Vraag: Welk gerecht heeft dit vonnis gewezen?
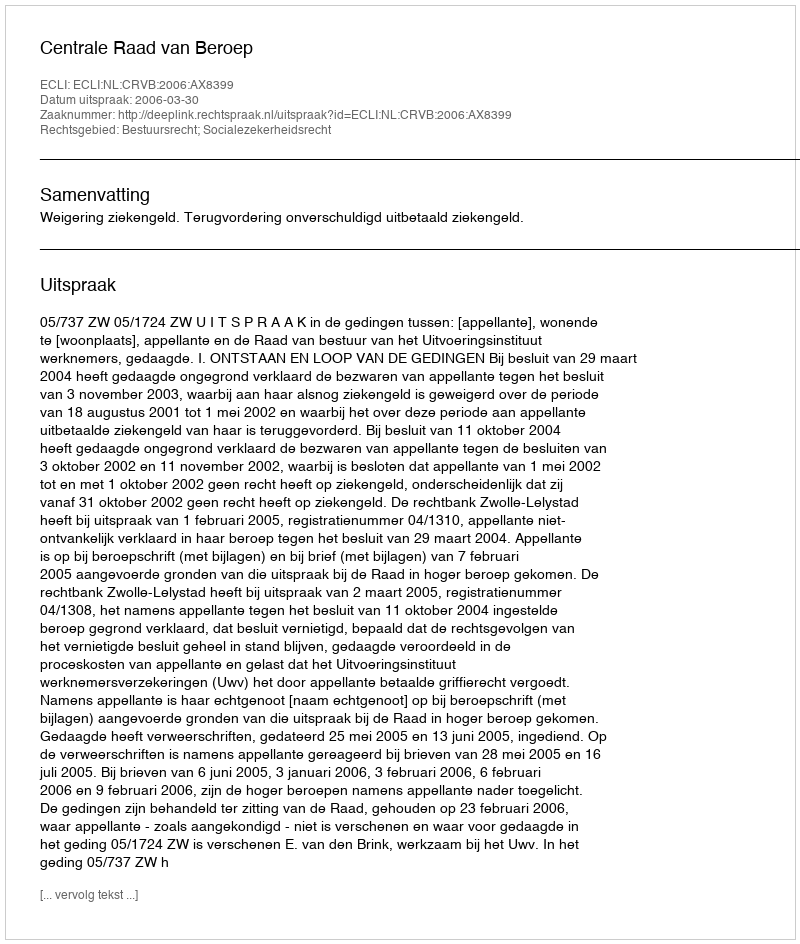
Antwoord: Centrale Raad van Beroep